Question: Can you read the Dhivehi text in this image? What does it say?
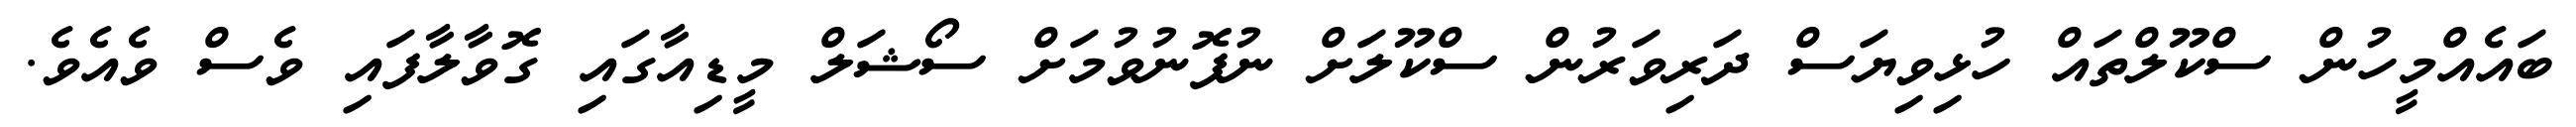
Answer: ބައެއްމީހުން ސްކޫލްތައް ހުޅިވިޔަސް ދަރިވަރުން ސްކޫލަށް ނުފޮނުވުމަށް ސޯޝަލް މީޑިއާގައި ގޮވާލާފައި ވެސް ވެއެވެ.